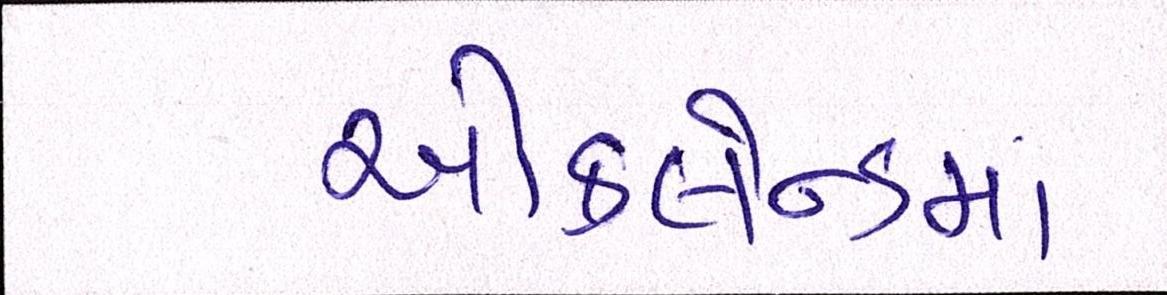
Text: ઑકલેન્ડમાં